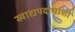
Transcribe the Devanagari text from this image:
खाद्यपदार्थाशी